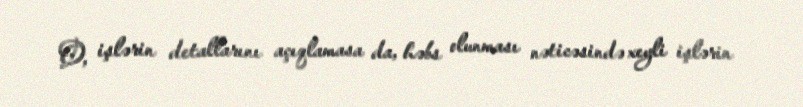
O, işlərin detallarını açıqlamasa da, həbs olunması nəticəsində xeyli işlərin